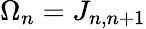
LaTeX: \Omega_{n}=J_{n,n+1}